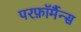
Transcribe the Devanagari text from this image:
परफ़ॉर्मैन्स